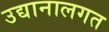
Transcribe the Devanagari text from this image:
उद्यानालगत